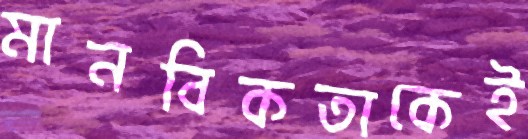
মানবিকতাকেই